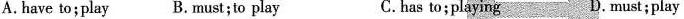
A. have to;play B. Must;to play C. has to;playing D. must; play